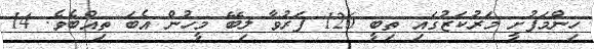
ހިންމަފުށީ މަރުކަޒުގައި ތިބީ 126 ފަރުވާ ލިބޭ މީހުން އެބަ ތިއްބެވެ. 14